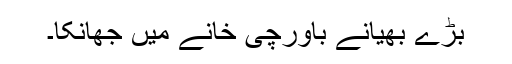
بڑے بھیانے باورچی خانے میں جھانکا۔